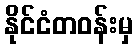
နိုင်ငံတဝန်းမှ